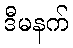
ဒီမနက်